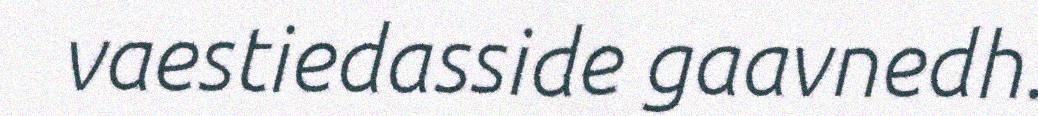
vaestiedasside gaavnedh.